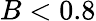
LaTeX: B<0.8